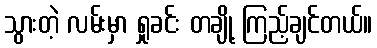
သွားတဲ့ လမ်းမှာ ရှုခင်း တချို့ ကြည့်ချင်တယ်။